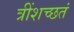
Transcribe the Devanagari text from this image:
त्रींशच्छतं